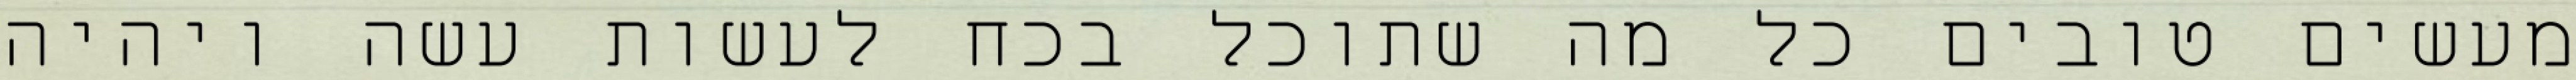
מעשים טובים כל מה שתוכל בכח לעשות עשה ויהיה